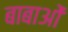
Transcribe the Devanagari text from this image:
बाबाओं